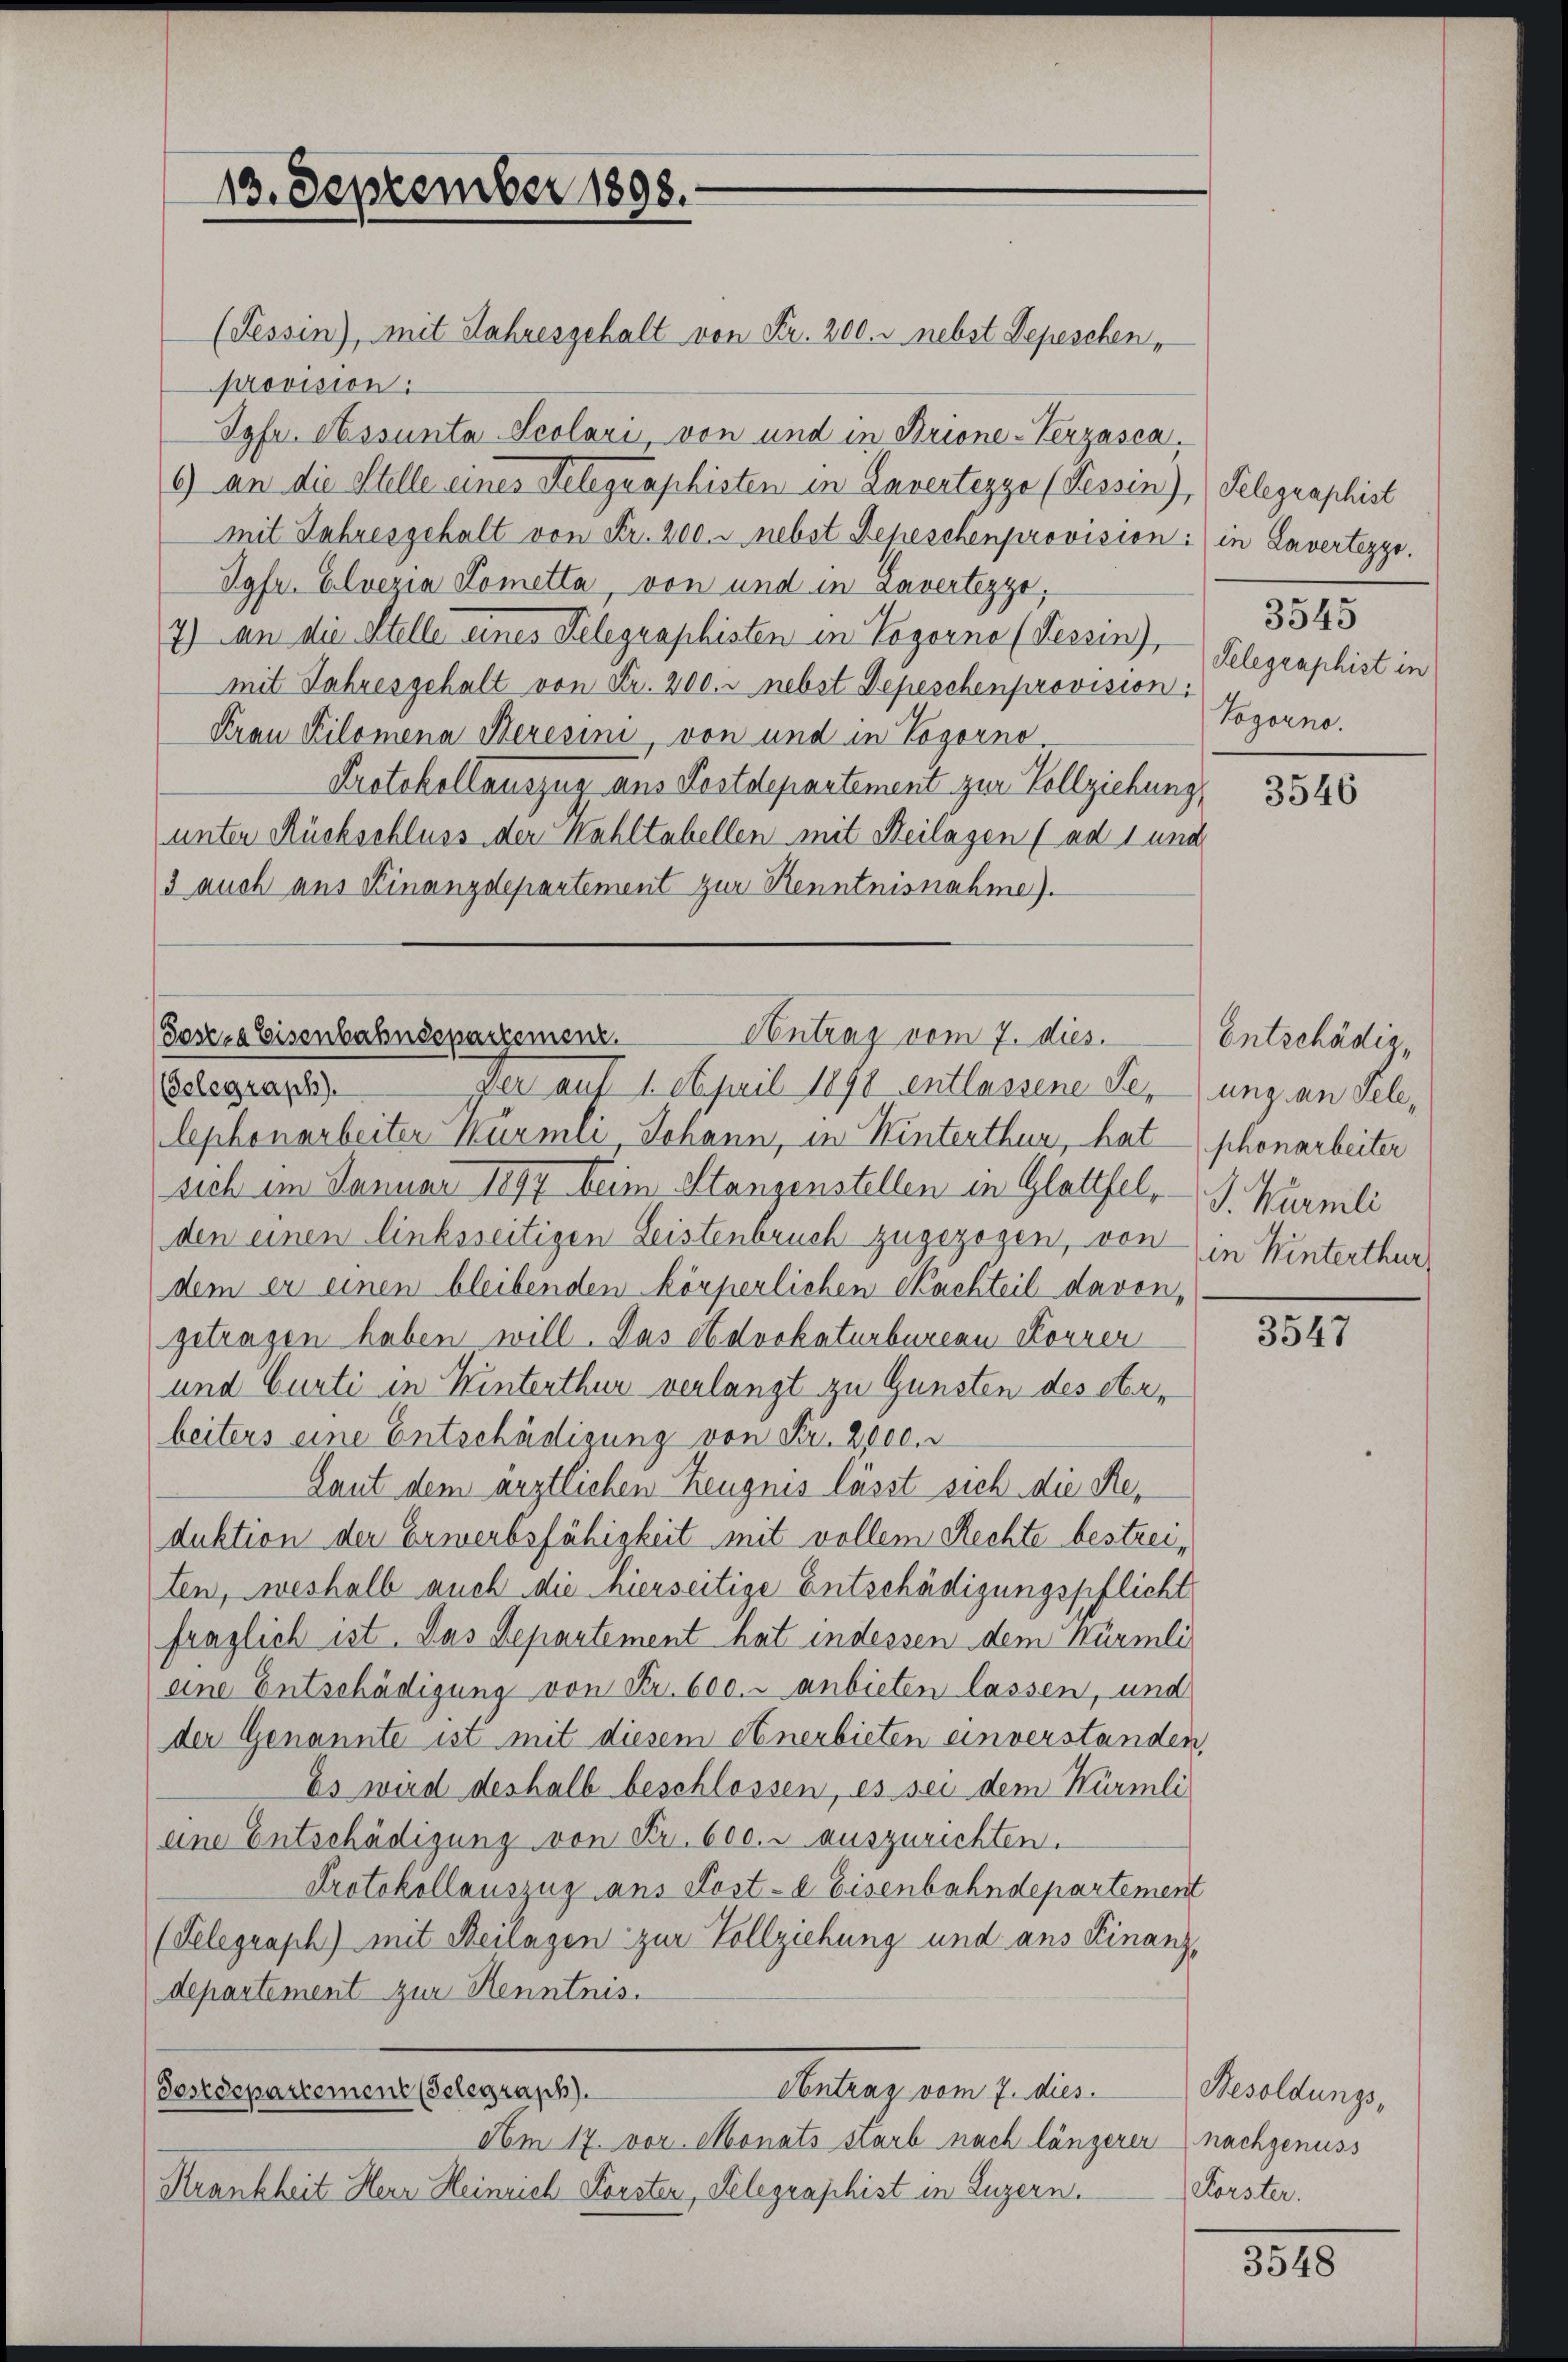
13. September 1898.

(Tessin), mit Jahresgehalt von Fr. 200. - nebst Depeschen,
provision:
Spfe. Nessunta Scolari, von und in Brione-Verzasca.
6) an die Stelle eines Telegraphisten in Lavertezze (Tessin), Gelegraphist
mit Jahresgehalt von Fr. 200. nebst Depeschenprovision: in Lavertezzo.
Jgfr. Elvezia Kometta, von und in Lavertezzo,
7) an die Stelle eines Telegraphisten in Vogorne (Tessin),
mit Jahresgehalt von Fr. 200. r nebst Depeschenprovision:
Frau Kilomena Beresini von und in Vogorno.
Protokollauszug aus Postdepartement zur Vollziehung
unter Rückschluss der Wahltabellen mit Beilagen (ad 1 und
3 auch aus Finanzdepartement zur Kenntnisnahme).

Goses Eisenbahndepartemenz
Contrag vom 7. dies. Entschädig¬

3545
Telegraphist in
Vogorno.

(Gelegraph
Der auf 1. April 1890 entlassene Seung an Fellephonarbeiter Würmli Johann, in Winterthur, hat phonarbeiter
sich im Januar 1897 beim Stanzenstellen in Glattfel. J. Würmli
den einen linksseitigen Leistenbruch zugezogen, von
dem er einen bleibenden körperlichen Sachteil davon,
getragen haben will. Das Advokaturbureau Korrer
und Curti in Hinterthur verlangt zu Gunsten des Herbeiters eine Entschädigung von Fr. 2000.
Laut dem ärztlichen Zeugnis lässt sich die Reduktion der Erwerbsfähigkeit mit vollem Rechte bestreiten, weshalb auch die hierseitige Entschädigungspflicht
fraglich ist. Das Departement hat indessen dem Würmli
eine Entschädigung von Fr. 600. anbieten lassen, und
der Genannte ist mit diesem Anerbieten einverstanden,
Es wird deshalb beschlossen, es sei dem Würmli
eine Entschädigung von Fr. 600. r auszurichten.
Protokollauszug aus Post- & Eisenbahndepartement
(Telegraph) mit Beilagen zur Vollziehung und aus Finanz-
departement zur Kenntnis.
Sostdepartement (Telegraph.
Antrag vom 7. dies Besoldungs-
Am 17. vor. Monats starb nach längerer nachgenuss
Krankheit Herr Heinrich Forster, Telegraphist in Luzern.

3546

in Hinterthur,

3547

Forster.

381